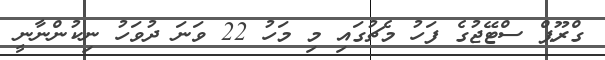
ގްރޫޕް ސްޓޭޖުގެ ފަހު މެޗުގައި މި މަހު 22 ވަނަ ދުވަހު ނިކުންނާނީ